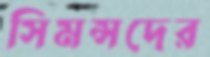
সিমন্সদের